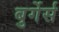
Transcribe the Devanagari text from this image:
बुर्गेर्स